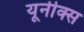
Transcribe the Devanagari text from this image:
यूनीक्स